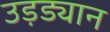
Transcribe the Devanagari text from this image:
उड़ड्यान